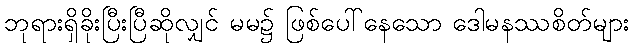
ဘုရားရှိခိုးပြီးပြီဆိုလျှင် မမ၌ ဖြစ်ပေါ်နေသော ဒေါမနဿစိတ်များ